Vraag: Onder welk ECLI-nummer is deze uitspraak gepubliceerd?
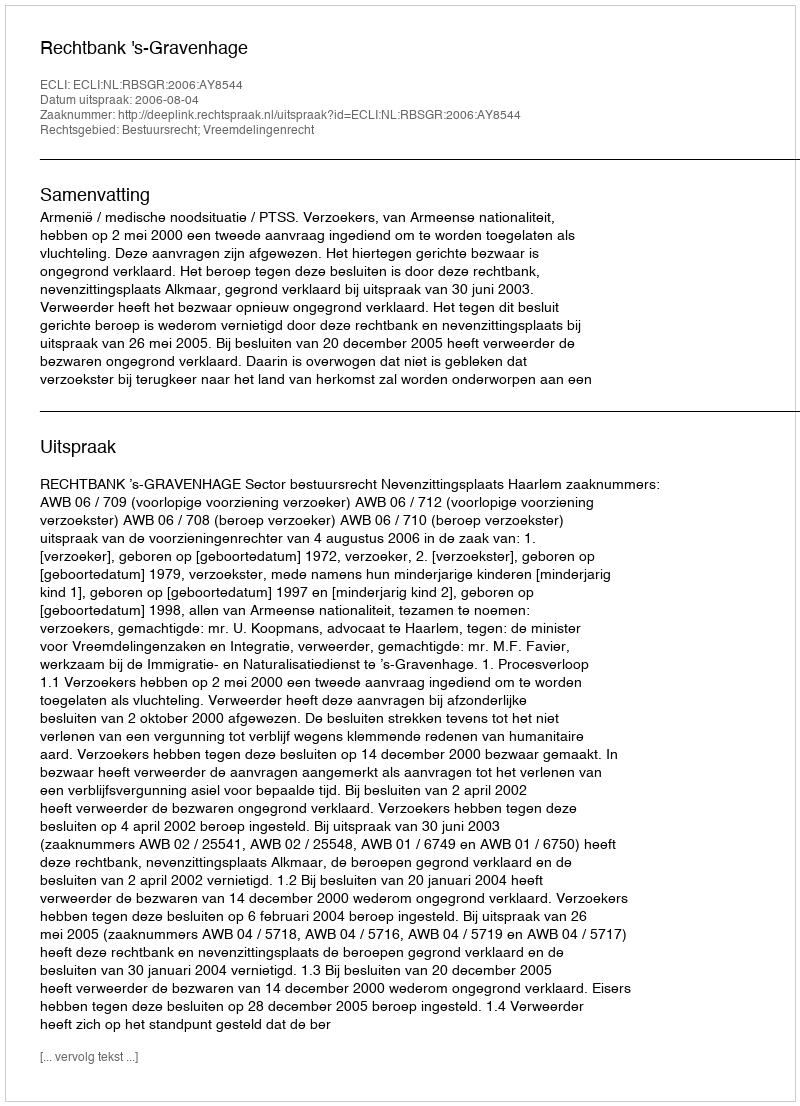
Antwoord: ECLI:NL:RBSGR:2006:AY8544